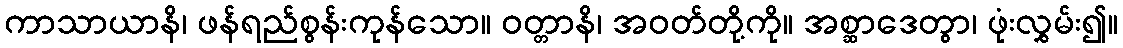
ကာသာယာနိ၊ ဖန်ရည်စွန်းကုန်သော။ ဝတ္တာနိ၊ အဝတ်တို့ကို။ အစ္ဆာဒေတွာ၊ ဖုံးလွှမ်း၍။